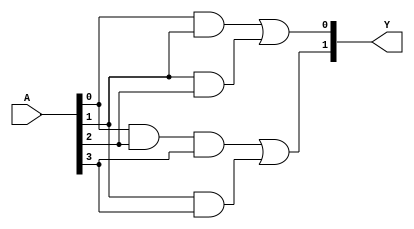
module FusedPAL (
    input wire [N-1:0] A,  // N input signals
    output wire [M-1:0] Y  // M output signals
);

// Parameters
parameter N = 4;  // Number of inputs
parameter M = 2;  // Number of outputs
parameter P = 4;  // Number of programmable AND gates

// Programmable AND array
wire [P-1:0] and_out;  // Outputs of AND gates

// Example of programmable AND gates
// Each AND gate can be programmed to connect any subset of inputs
assign and_out[0] = A[0] & A[1];               // AND gate 1
assign and_out[1] = A[1] & A[2];               // AND gate 2
assign and_out[2] = A[0] & A[2] & A[3];       // AND gate 3
assign and_out[3] = A[1] & A[3];               // AND gate 4

// Fixed OR array
assign Y[0] = and_out[0] | and_out[1];         // Output Y1
assign Y[1] = and_out[2] | and_out[3];         // Output Y2

endmodule